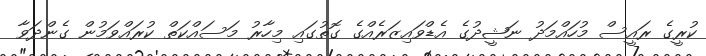
ކުރީގެ ރައީސް މުހައްމަދު ނަޝީދުގެ އެޑްވައިޒަރެއްގެ ގޮތުގައި މިހާރު މަސައްކަތް ކުރައްވަމުން ގެންދަވާ